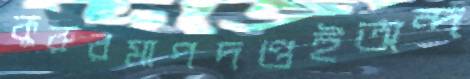
কুরুরমাপদণ্ডইঅন্দ